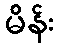
မိန်း